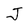
Character: J